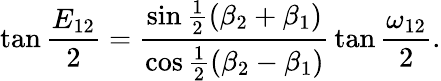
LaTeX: \tan{\frac{E_{12}}{2}}={\frac{\sin{\frac{1}{2}}(\beta_{2}+\beta_{1})}{\cos{\frac{1}{2}}(\beta_{2}-\beta_{1})}}\tan{\frac{\omega_{12}}{2}}.